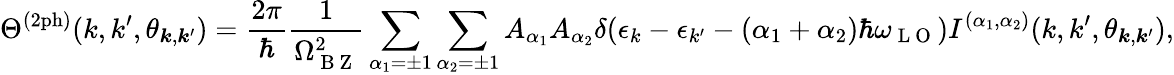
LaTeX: \Theta^{(\mathrm{2ph})}(k,k^{\prime},\theta_{\boldsymbol{k},\boldsymbol{k}^{\prime}})=\frac{2\pi}{\hbar}\frac{1}{\Omega_{\mathrm{~B~Z~}}^{2}}\sum_{\alpha_{1}=\pm 1}\sum_{\alpha_{2}=\pm 1}A_{\alpha_{1}}A_{\alpha_{2}}\delta(\epsilon_{k}-\epsilon_{k^{\prime}}-(\alpha_{1}+\alpha_{2})\hbar\omega_{\mathrm{~L~O~}})I^{(\alpha_{1},\alpha_{2})}(k,k^{\prime},\theta_{\boldsymbol{k},\boldsymbol{k}^{\prime}}),